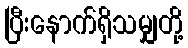
ပြီးနောက်ရှိသမျှတို့